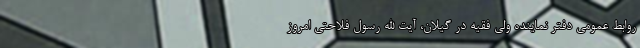
روابط عمومی دفتر نماینده ولی فقیه در گیلان، آیت الله رسول فلاحتی امروز